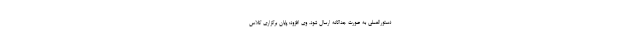
دستورالعملی به صورت جداگانه ارسال شود. وی افزود: پایان برگزاری کلاس